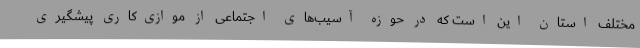
مختلف استان این است که در حوزه آسیب‌های اجتماعی از موازی‌کاری پیشگیری